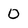
Character: 0